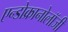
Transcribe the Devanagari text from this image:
एन्डोक्रानोलॉजी